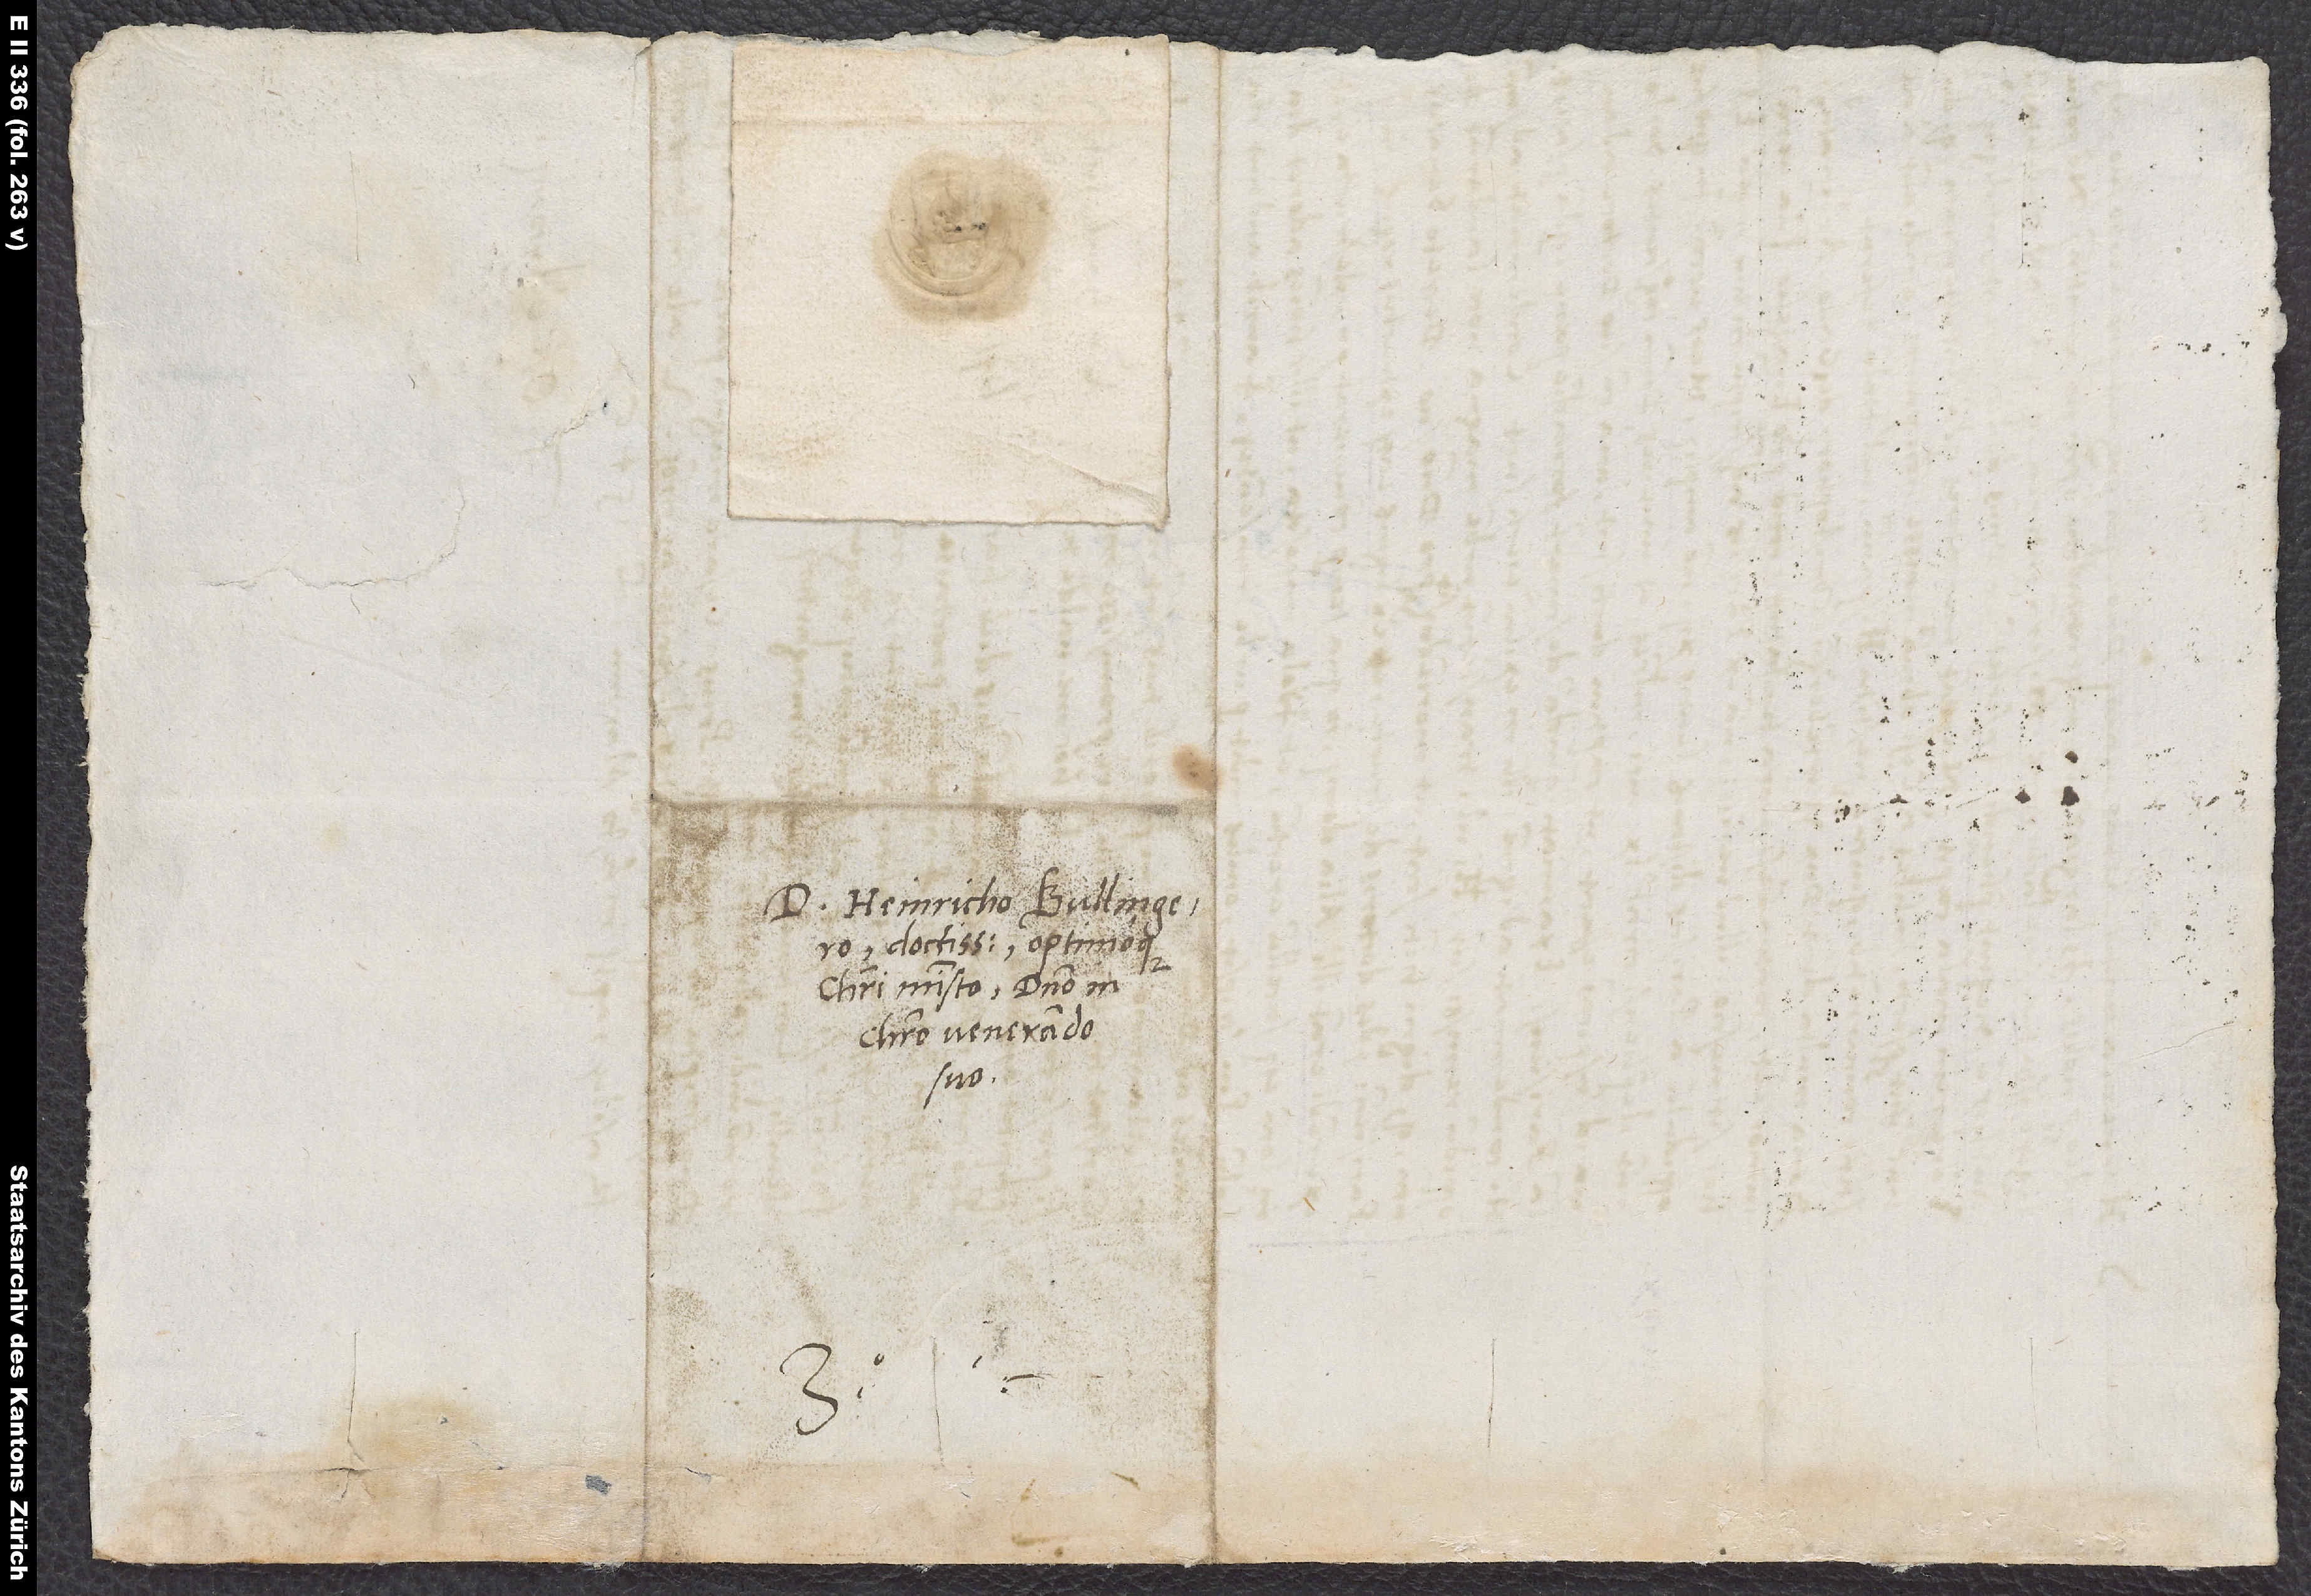
D. Heinricho Bullingero,
doctissimo optimoque
Christi ministro, domino in
Christo venerando